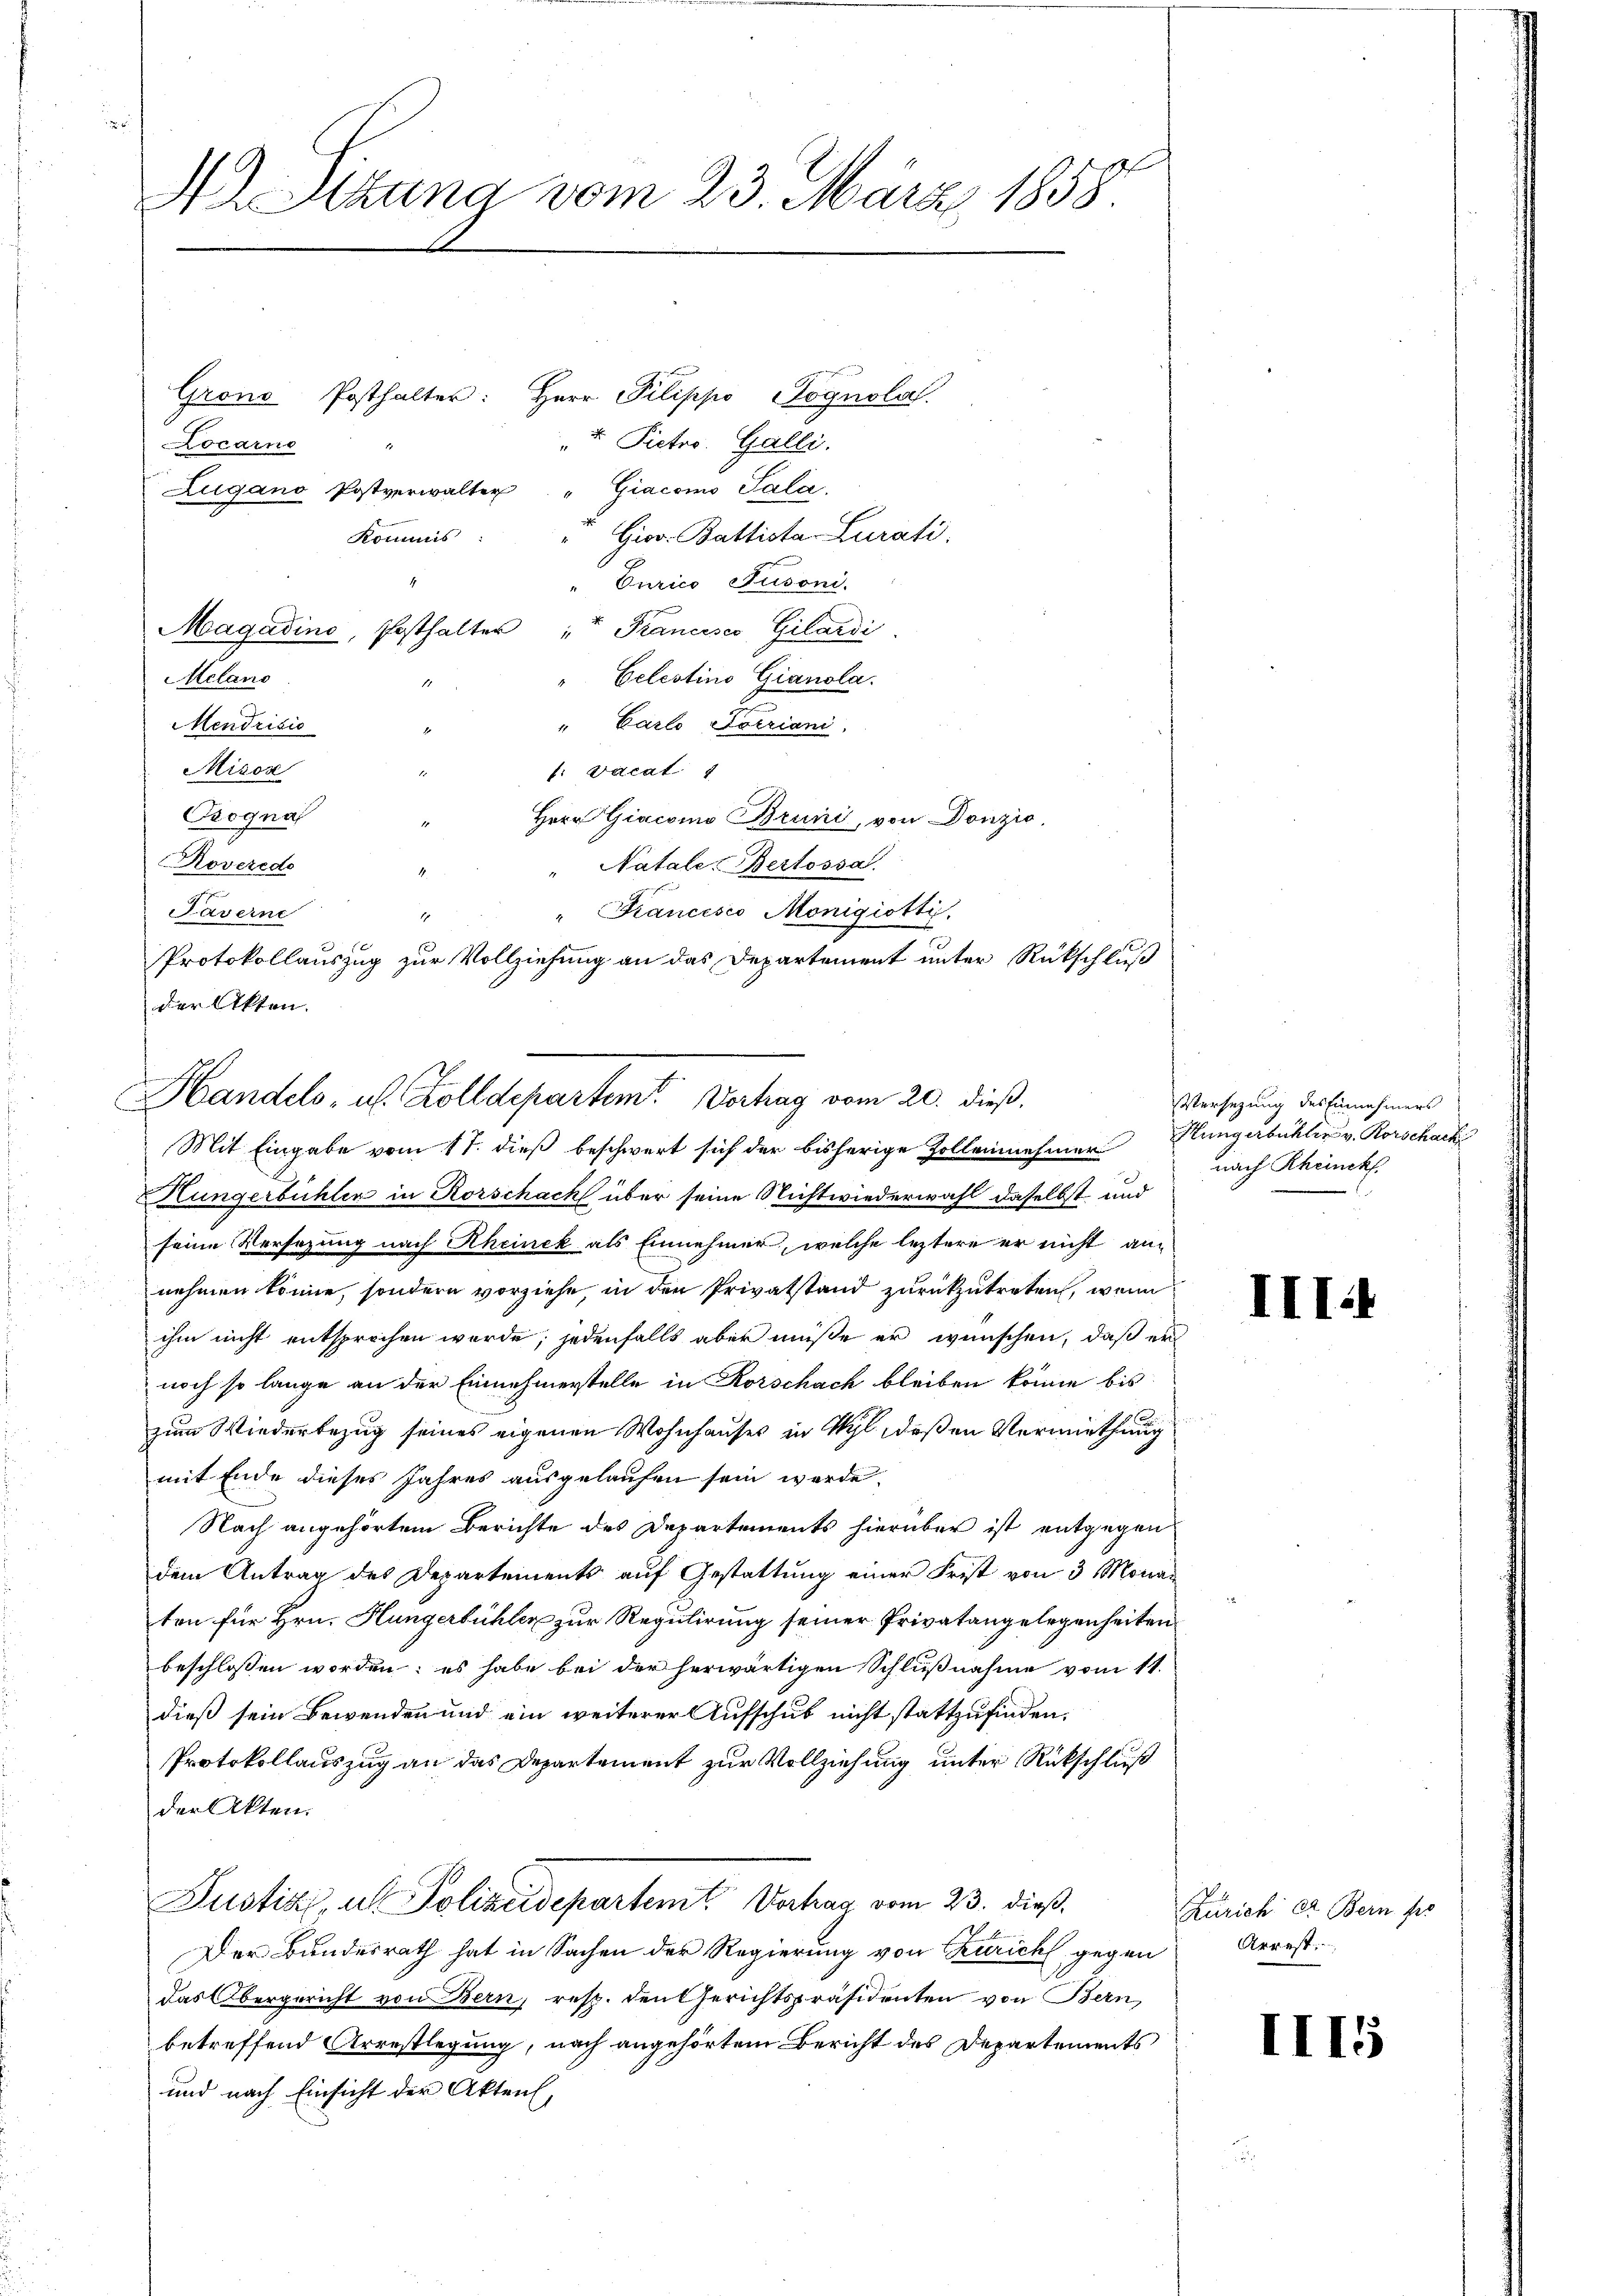
Aittung vom 23. März 1858.

Grons Posthalter: Herr Pilippo Cognola.
u Pictor. Galli.
Locarno
Zugano Postverwalter " Giacomo Pala
Giov. Battista Curati
Kommis
Curico Susoni.
Magadino, Posthalter " " Francisco Gilardi
Celestino Gianola.
Melano
1
" Carlo Totriani
Mendrisio
1
Misox
f. vacat 4
Brogna
Herr Giacomo Bruni, von Donzio,
Natale. Bertossa
Roveredo "
Saverne
" Francesco Monigiotti
s
x
Protokollauszug zur Vollziehung an das Departement unter Rückschluß
der Akten.

Handels- u. Zolldepartem Vortrag vom 20. dieß.
Mit Eingabe vom 17. dieß beschwert sich der bisherige Zollennehmer

Hungerbüchler in Rorschach über seine Nichtwiederwahl daselbst und
seine Versezung nach Rheinek als Einnehmer, welche leztere er nicht annehmen könne, sondern vorziehe, in den Privatstand zurückzutreten, wenn
ihm nicht entsprochen wurde; jedenfalls aber müße er wünschen, daß er
noch so lange an der Einnehmerstelle in Rorschach bleiben könne bis
zum Wiederbezug seines eigenen Wohnhauses in Wyl, deßen Vermiethung
mit Ende dieses Jahres ausgelaufen sein werde.
Nach angehörtem Berichte des Departements hierüber ist entgegen
dem Antrag des Departements auf Gestattung einer Frist von 3 Monaten für Hrn. Hungerbühler zur Regulirung seiner Privatangelegenheiten
beschlossen worden; es habe bei der herwärtigen Schlußnahme vom 11.
dieß sein Bewenden und ein weiterer Aufschub nicht stattzufinden.
Protokollauszug an das Departement zur Vollziehung unter Rückschluß
der Akten.
Justiz, als Polizeidepartemt Vahag vom 23. dieß.
Der Bundesrath hat in Sachen der Regierung von Zürich, gegen
das Obergericht von Bern, resp. den Gerichtspräsidenten von Bern,
betreffend Arrestlegung, nach angehörtem Bericht des Departements
und nach Einsicht der Akten,

Versezung des Einnahmers
Hüngerbuchler v. Rorschack
nach Rheinck

III.

Zürich er Bern fre
Arrest.

II15